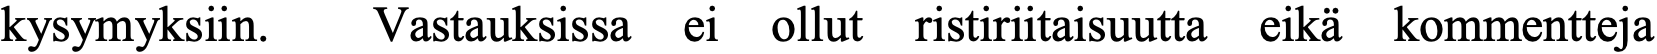
kysymyksiin. Vastauksissa ei ollut ristiriitaisuutta eikä kommentteja